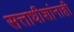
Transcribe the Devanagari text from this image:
सत्ताधीशांनाही